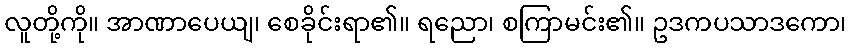
လူတို့ကို။ အာဏာပေယျ၊ စေခိုင်းရာ၏။ ရညော၊ စကြာမင်း၏။ ဥဒကပသာဒကော၊